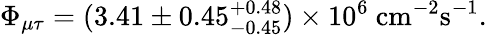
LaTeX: \Phi_{\mu\tau}=(3.41\pm 0.45_{-0.45}^{+0.48})\times 10^{6}\ \mathrm{cm}^{-2}\mathrm{s}^{-1}.